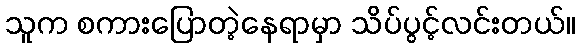
သူက စကားပြောတဲ့နေရာမှာ သိပ်ပွင့်လင်းတယ်။